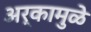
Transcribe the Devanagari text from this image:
अर्कामुळे